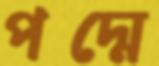
পদ্মে